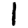
Digit: 1